Scottish Leaving Certificate Examination, 1957
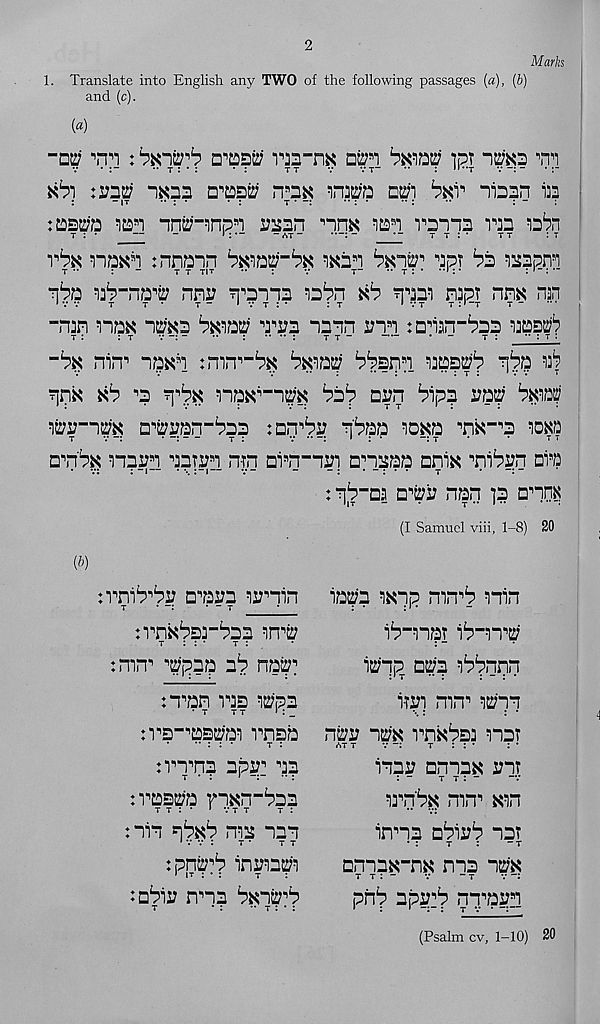
2
Mark
1. Translate into English any TWO of the following passages (a), (b)
and (c).
[a)
“□ttf
: Safcrb n'tozui m-nx nm
pT
'm
v •
•• t : * :
* :
tt
v
vt - ••
: h * , t v - • r
^ :mp
a^Dii
nui) bxr nia?n %
:asTO
TO”inp , 'i ruan nnK lan rama m
t : *
—
-
» : •-
- at ~
^
t t : *
t t
: t
rbx, n»*n tnnann
^a s T
apt ba ^apm
t ••
: -
t t tit
••
:
v
T" ■* t : *
: •
: ' -: •
pba
nnr Tirana labn *6 aaai napt nnx mn
-ran naa a^Ka
a^a aaan sna :Daan-^aa aaa^
t :
: t
7 -
••
: •• •• ;
t t -
* -
t :
•• : t :
~bii, nin 1 apKa
^ap ^^sna
^
*6 •’a
naK s “a^K ^a^ ax?n ^ipa i;a?? %w^
wv—im aa^arrbaa : an^a a'^aa icxa aix-as loxa
t
7 -:
• -:
t :
7 •• ~:
1
: •
-: t
*
*
t t
a^na^ npra aatsn n-in Di s n-a2?i an_aaa aniK
ai 9 a
:rn^bv a^a^a irain
t
• -:
* - t
frnxbar^aa in^
t : : •
t :
:mn > ’ 9 ?7paa a 1 ? naar
:a 9 an iaa ^pa
n's-’B^ai anpa
nn^na apy: a?
traaty'a fa^n-baa
:aia
ma aaa
1 7 7 :
T •
T T
: pn^b inaia^
ma ^a^P
t
* :
•• t : * :
: pp-as a^i? nan ]a a 9 an^
(I Samuel viii, 1-8) 20
ia#a wap mn 9 P nin
ip-nai ib _ n^
i^'np T nm ^^nnn
iwi mn 1 wan
nt^r a^K vn^ba] nar
at t
7
t : : •
: •
iaai; anaa^ in?
: -
t t : “
irn'Py: mn 9 wn
inna aPii?P aa?
• :
t
:
-t
anaa^-n^ naa a^'x
T T : “
7
- T
7
pnp aps?:p nn;ai?a
(Psalm cv, 1-10) 20